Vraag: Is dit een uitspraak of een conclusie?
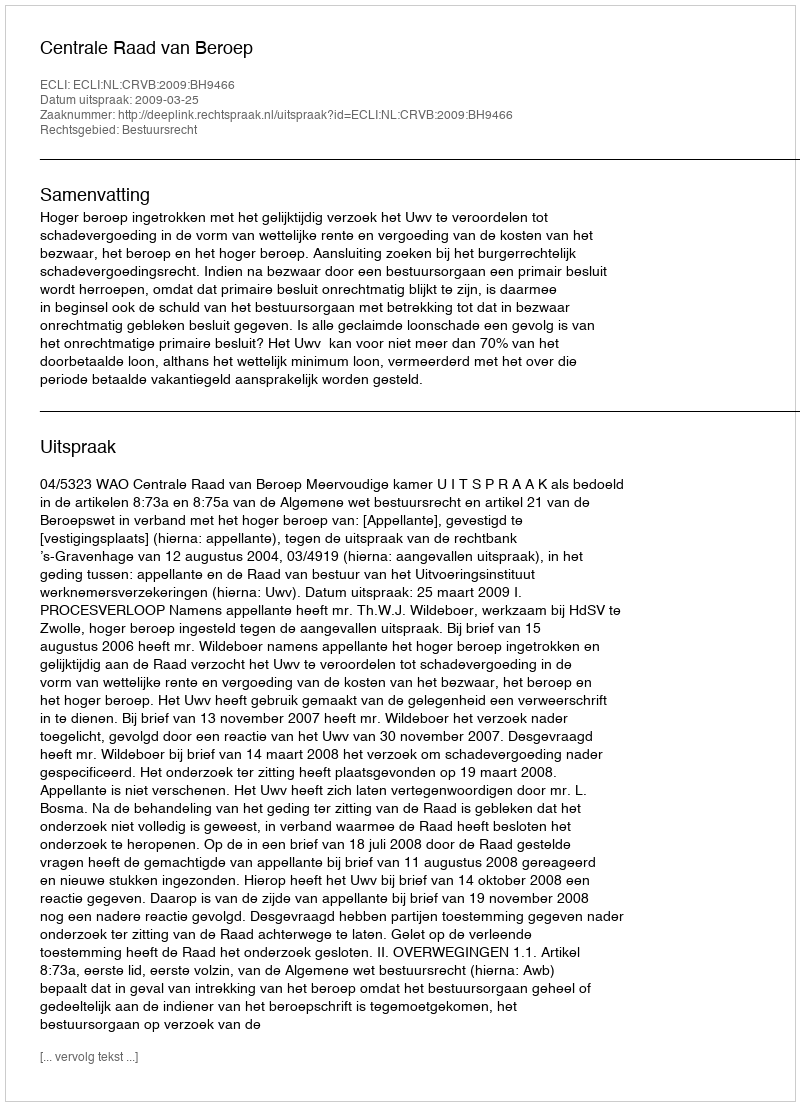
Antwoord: Uitspraak